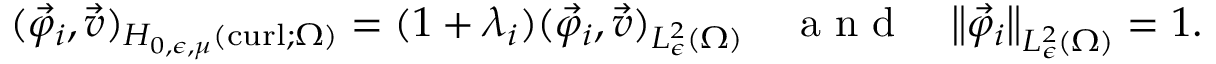
( \vec { \varphi } _ { i } , \vec { v } ) _ { H _ { 0 , \epsilon , \mu } ( \operatorname { c u r l } ; \Omega ) } = ( 1 + \lambda _ { i } ) ( \vec { \varphi } _ { i } , \vec { v } ) _ { L _ { \epsilon } ^ { 2 } ( \Omega ) } \quad \textmd { a n d } \quad { \left\lVert { \vec { \varphi } _ { i } } \right\rVert } _ { L _ { \epsilon } ^ { 2 } ( \Omega ) } = 1 .